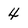
Character: 4